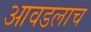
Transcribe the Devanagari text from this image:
आवडलाच